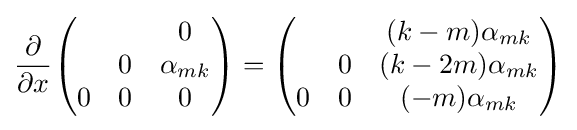
{\frac {\partial }{\partial x}}{\begin{pmatrix}\ &\ &0\\\ &0&\alpha _{mk}\\0&0&0\end{pmatrix}}={\begin{pmatrix}\ &\ &(k-m)\alpha _{mk}\\\ &0&(k-2m)\alpha _{mk}\\0&0&(-m)\alpha _{mk}\end{pmatrix}}